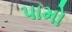
પામો